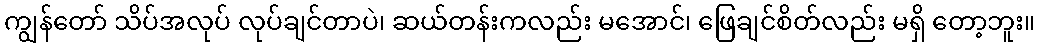
ကျွန်တော် သိပ်အလုပ် လုပ်ချင်တာပဲ၊ ဆယ်တန်းကလည်း မအောင်၊ ဖြေချင်စိတ်လည်း မရှိ တော့ဘူး။